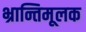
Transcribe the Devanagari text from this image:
भ्रान्तिमूलक